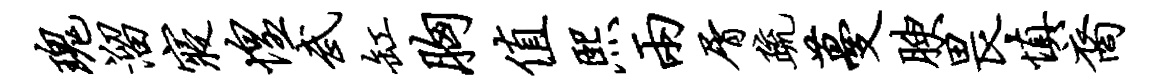
瑰溜寝惶武缸胸值熙两屑疏蔓腴畏慎裔